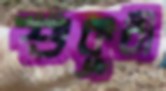
শুকুরী